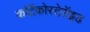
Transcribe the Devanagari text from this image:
कर्टिकोस्टेरॉइड